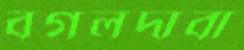
বগলদাবা